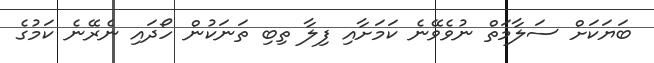
ބަޔަކަށް ސަލާމަތް ނުވެވޭނެ ކަމަށާއި ފިލާ ތިބި ތަނަކުން ހޯދައި ނެރޭނެ ކަމުގެ